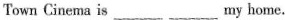
Town Cinema is ___ ___ my home.